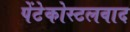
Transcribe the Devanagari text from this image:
पेंटेकोस्टलवाद